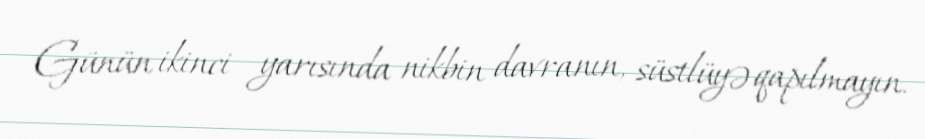
Günün ikinci yarısında nikbin davranın, süstlüyə qapılmayın.